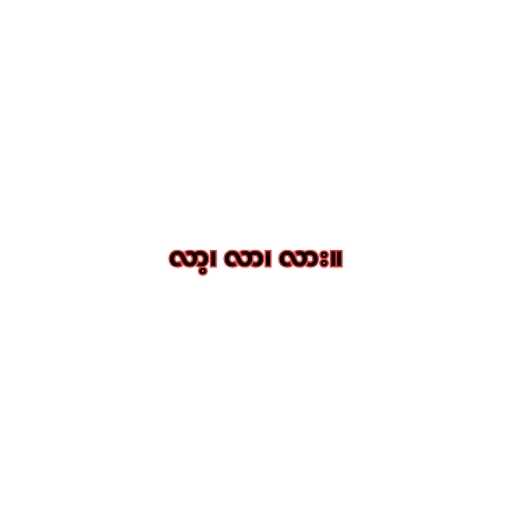
လာ့၊ လာ၊ လား။